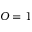
O = 1